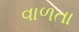
વાળતા